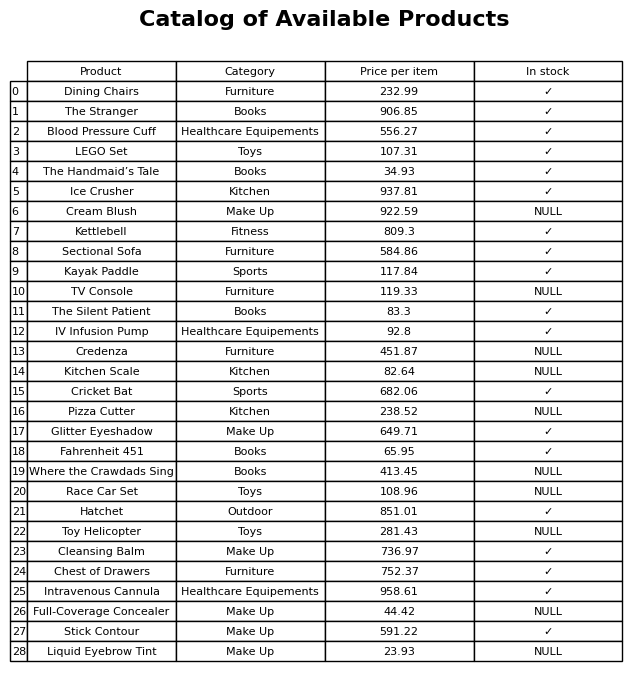
question: What is the stock status of the Credenza?
answer: NULL